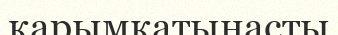
қарымқатынасты